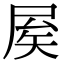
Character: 𡱢